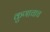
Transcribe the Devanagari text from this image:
कुणाचाच